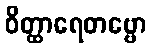
ဝိတ္ထာရေတဗ္ဗော